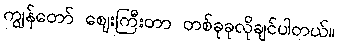
ကျွန်တော် ဈေးကြီးတာ တစ်ခုခုလိုချင်ပါတယ်။